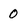
Character: 0